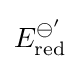
E_{\text{red}}^{\ominus '}